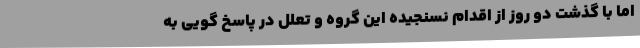
اما با گذشت دو روز از اقدام نسنجیده این گروه و تعلل در پاسخ گویی به